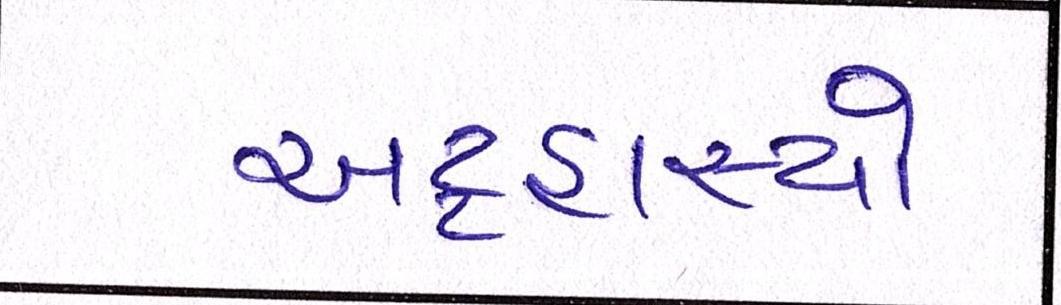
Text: અટ્ટહાસ્યો